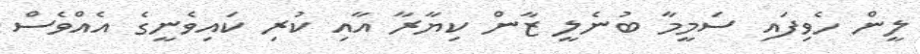
ލީން ހެވިފައި ސަމީމާ ބުނެލީ ޒާން ކިޔާރާ އާއި ކުރި ކައިވެނީގެ އެއްވެސް